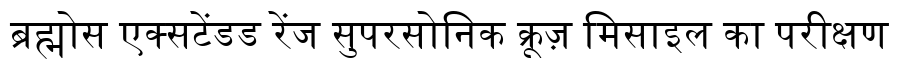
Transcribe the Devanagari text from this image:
ब्रह्मोस एक्सटेंडड रेंज सुपरसोनिक क्रूज़ मिसाइल का परीक्षण